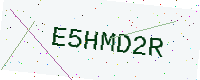
Text: E5HMD2R